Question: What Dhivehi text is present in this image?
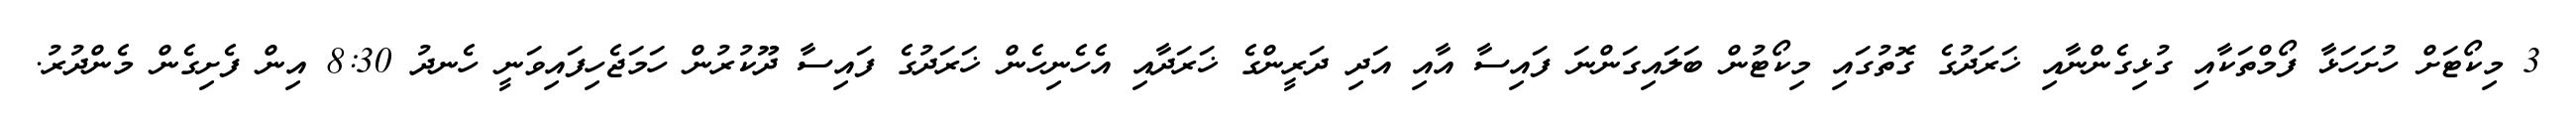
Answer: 3 މިކޯޓަށް ހުށަހަޅާ ފޯމްތަކާއި ގުޅިގެންނާއި ޚަރަދުގެ ގޮތުގައި މިކޯޓުން ބަލައިގަންނަ ފައިސާ އާއި އަދި ދަރީންގެ ޚަރަދާއި އެހެނިހެން ޚަރަދުގެ ފައިސާ ދޫކުރުން ހަމަޖެހިފައިވަނީ ހެނދު 8:30 އިން ފެށިގެން މެންދުރު.